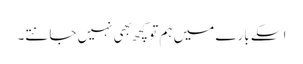
اسکے بارے میں ہم تو کچھ بهی نہیں جانتے۔